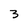
Character: 3